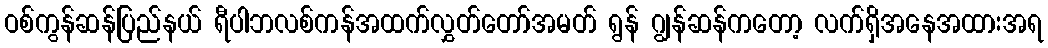
ဝစ်ကွန်ဆန်ပြည်နယ် ရီပါဘလစ်ကန်အထက်လွှတ်တော်အမတ် ရွန် ဂျွန်ဆန်ကတော့ လက်ရှိအနေအထားအရ